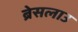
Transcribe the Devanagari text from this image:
ब्रेसलाउ